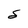
Character: S